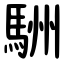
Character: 駲